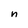
Character: n